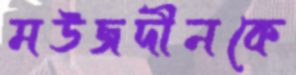
মউজদীনকে